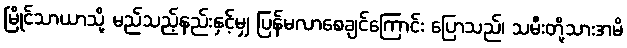
မြိုင်သာယာသို့ မည်သည့်နည်းနှင့်မျှ ပြန်မလာစေချင်ကြောင်း ပြောသည်၊ သမီးတို့သားအမိ